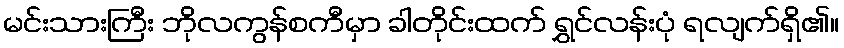
မင်းသားကြီး ဘိုလကွန်စကီမှာ ခါတိုင်းထက် ရွှင်လန်းပုံ ရလျက်ရှိ၏။